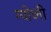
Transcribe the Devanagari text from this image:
ग्योव्नी